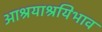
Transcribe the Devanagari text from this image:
आश्रयाश्रयिभाव